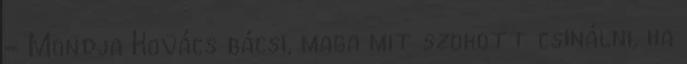
- Mondja Kovács bácsi, maga mit szokott csinálni, ha